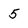
Character: 5